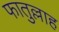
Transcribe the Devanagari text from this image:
फातुल्लाह